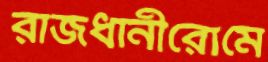
রাজধানীরোমে